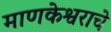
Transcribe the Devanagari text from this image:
माणकेश्वराचे